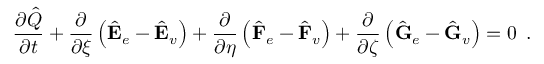
\frac { \partial \hat { Q } } { \partial t } + \frac { \partial } { \partial \xi } \left( \hat { \mathbf { E } } _ { e } - \hat { \mathbf { E } } _ { v } \right) + \frac { \partial } { \partial \eta } \left( \hat { \mathbf { F } } _ { e } - \hat { \mathbf { F } } _ { v } \right) + \frac { \partial } { \partial \zeta } \left( \hat { \mathbf { G } } _ { e } - \hat { \mathbf { G } } _ { v } \right) = 0 \, \mathrm { ~ . ~ }